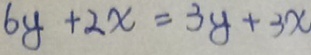
6 y + 2 x = 3 y + 3 x